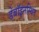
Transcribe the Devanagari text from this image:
डेबॉइनस्थित